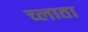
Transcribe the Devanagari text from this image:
च्लाता